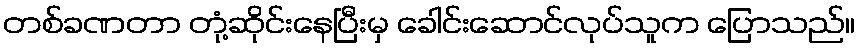
တစ်ခဏတာ တုံ့ဆိုင်းနေပြီးမှ ခေါင်းဆောင်လုပ်သူက ပြောသည်။